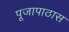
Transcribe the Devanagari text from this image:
पूजापाठास